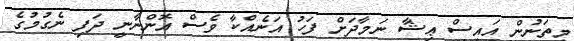
މިތަނުން އައިސް ޢިޝާ ނަމާދަށް ފަހު އަނެއްކާ ވެސް އޮންނާނީ ދަފި ނެގުމުގެ